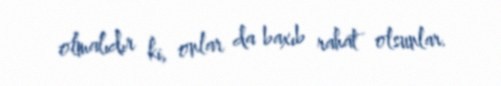
olmalıdır ki, onlar da baxıb rahat olsunlar.